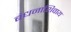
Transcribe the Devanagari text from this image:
बंधनाशिवाय